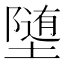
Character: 𫝡